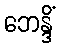
ဘေန္ဒိံ